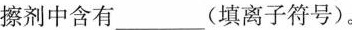
擦剂中含有___ (填离子符号)。